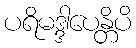
ပရိမဒ္ဒါပေန္တိပိ